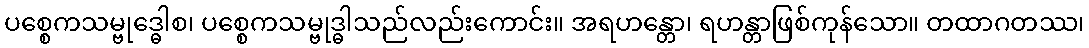
ပစ္စေကသမ္ဗုဒ္ဓေါစ၊ ပစ္စေကသမ္ဗုဒ္ဓါသည်လည်းကောင်း။ အရဟန္တော၊ ရဟန္တာဖြစ်ကုန်သော။ တထာဂတဿ၊